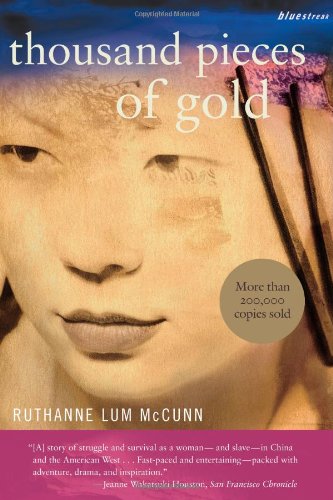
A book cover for Thousand Pieces of Gold (Bluestreak); Ruthanne Lum McCunn; Science Fiction & Fantasy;